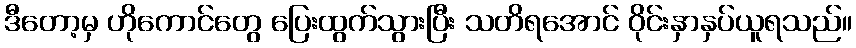
ဒီတော့မှ ဟိုကောင်တွေ ပြေးထွက်သွားပြီး သတိရအောင် ဝိုင်းနှာနှပ်ယူရသည်။